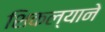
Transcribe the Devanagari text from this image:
शिकल्याने